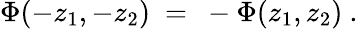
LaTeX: \Phi(-z_{1},-z_{2})~=~-\Phi(z_{1},z_{2})~.